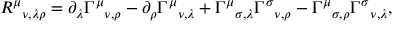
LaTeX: R ^ { \mu } { } _ { \nu , \lambda \rho } = \partial _ { \lambda } \Gamma ^ { \mu } { } _ { \nu , \rho } - \partial _ { \rho } \Gamma ^ { \mu } { } _ { \nu , \lambda } + \Gamma ^ { \mu } { } _ { \sigma , \lambda } \Gamma ^ { \sigma } { } _ { \nu , \rho } - \Gamma ^ { \mu } { } _ { \sigma , \rho } \Gamma ^ { \sigma } { } _ { \nu , \lambda } ,